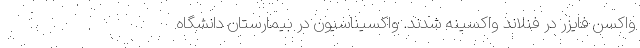
واکسن فایزر در فنلاند واکسینه شدند. واکسیناسیون در بیمارستان دانشگاه